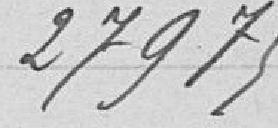
27975